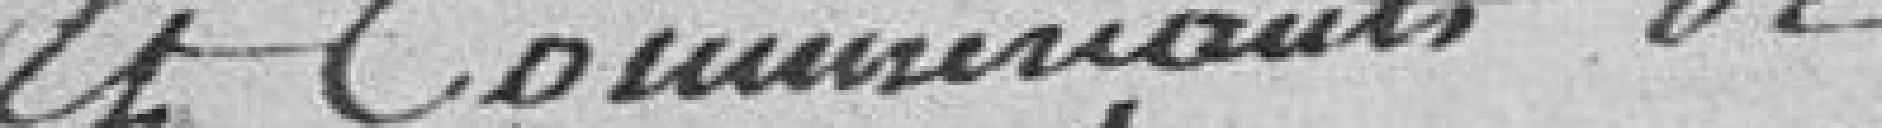
et commerçants de